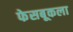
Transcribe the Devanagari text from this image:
फेसबूकला